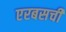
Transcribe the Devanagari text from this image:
एरबसची